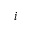
i